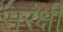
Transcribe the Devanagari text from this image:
सरंक्षी